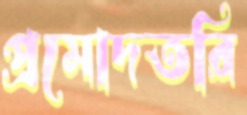
প্রমোদতরি